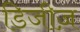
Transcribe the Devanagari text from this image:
डिजीज़